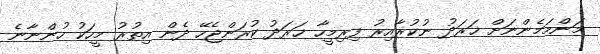
މަންމަމެންނަށް ޚަރަދު ނުކުރާއިރު ފިރިމީހާ ޚަރަދު ކުރަންޖެހޭ ދެން އިތުރު މީހަކު ހުންނާނެ